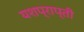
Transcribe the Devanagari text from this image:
यशप्राप्ती